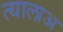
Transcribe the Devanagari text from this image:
त्यालाअ